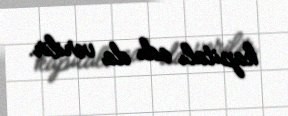
kapitalı adı da verilir.